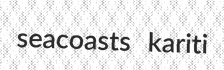
seacoasts kariti